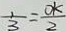
\frac { 1 } { 3 } = \frac { O k } { 2 }